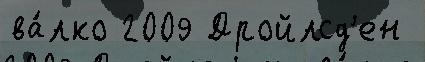
ва́лко 2009 Дройлсд'ен